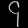
Digit: ၄